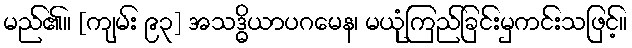
မည်၏။ [ကျမ်း ၉၃] အသဒ္ဓိယာပဂမေန၊ မယုံကြည်ခြင်းမှကင်းသဖြင့်။